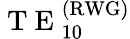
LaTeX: \mathrm{~T~E~}_{10}^{(\mathrm{RWG})}